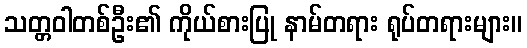
သတ္တဝါတစ်ဦး၏ ကိုယ်စားပြု နာမ်တရား ရုပ်တရားများ။